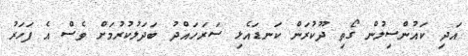
އަދި ކައުންސިލުން ގޯތި ދޫކުރަން ކަނޑައެޅި ސަރަހައްދު ބަދަލުކުރުމަށް ވެސް އެ ފަހަރު